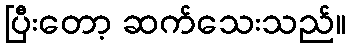
ပြီးတော့ ဆက်သေးသည်။